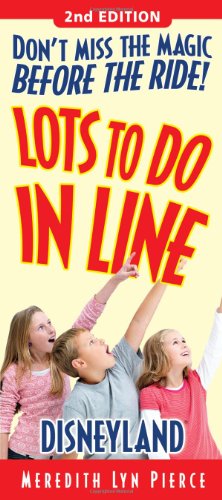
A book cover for Lots To Do In Line Disneyland, 2nd edition; Meredith Lyn Pierce; Travel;